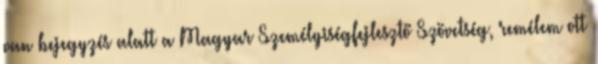
van bejegyzés alatt a Magyar Személyiségfejlesztő Szövetség, remélem ott